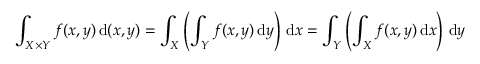
\int _ { X \times Y } f ( x , y ) \, { \mathrm { d } } ( x , y ) = \int _ { X } \left( \int _ { Y } f ( x , y ) \, { \mathrm { d } } y \right) \, { \mathrm { d } } x = \int _ { Y } \left( \int _ { X } f ( x , y ) \, { \mathrm { d } } x \right) \, { \mathrm { d } } y